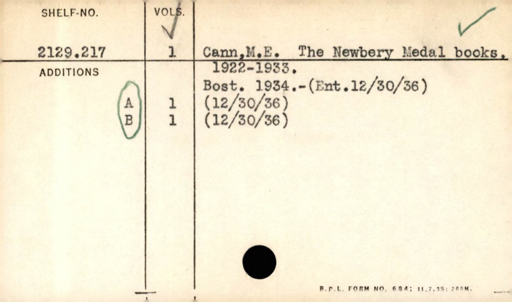
Label: content